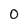
Character: 0